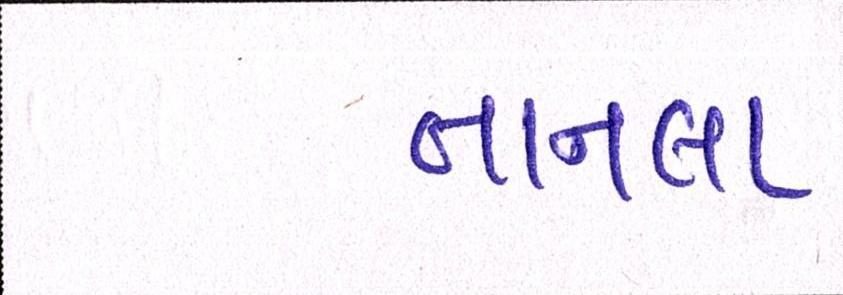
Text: તાનલા